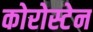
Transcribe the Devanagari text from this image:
कोरोस्टेन